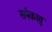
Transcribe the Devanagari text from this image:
सर्पकावु